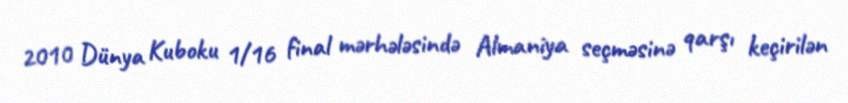
2010 Dünya Kuboku 1/16 final mərhələsində Almaniya seçməsinə qarşı keçirilən